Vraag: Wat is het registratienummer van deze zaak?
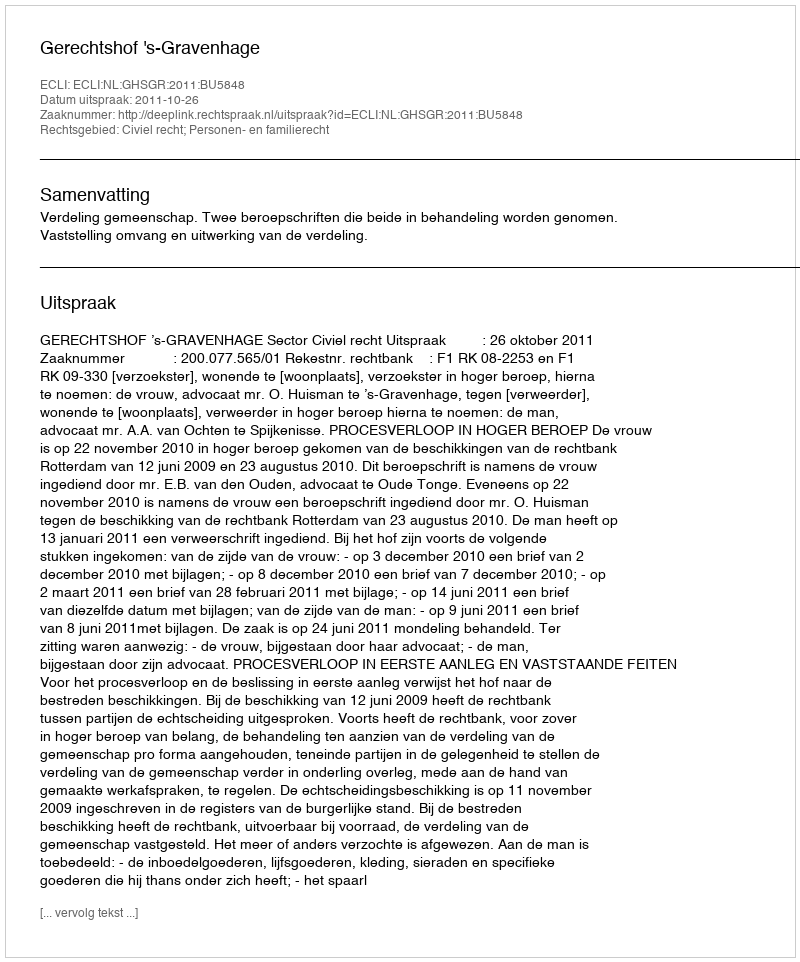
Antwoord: http://deeplink.rechtspraak.nl/uitspraak?id=ECLI:NL:GHSGR:2011:BU5848